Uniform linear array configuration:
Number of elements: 64
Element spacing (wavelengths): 1
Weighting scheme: hann
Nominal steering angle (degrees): -15
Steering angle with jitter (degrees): -14.998
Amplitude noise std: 0.05
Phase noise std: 0.05

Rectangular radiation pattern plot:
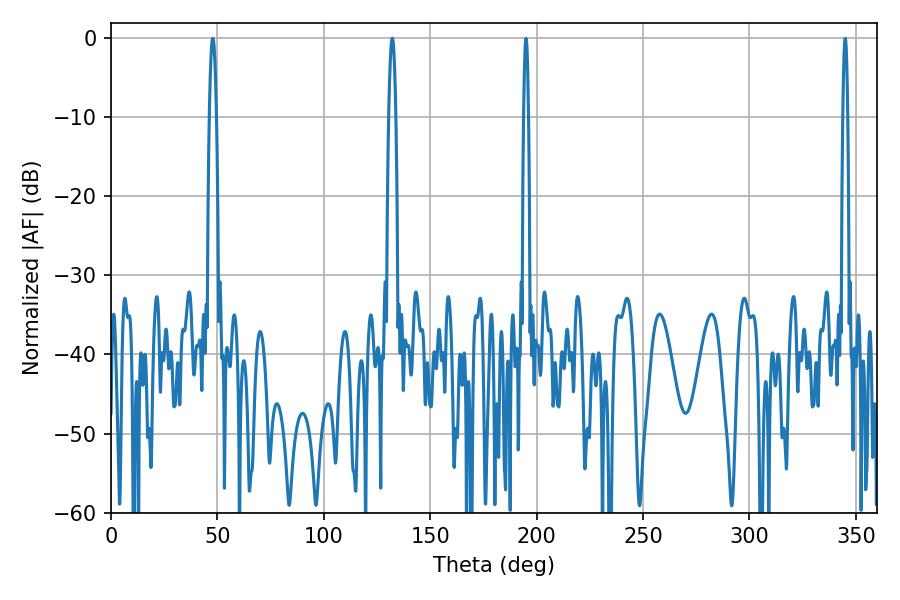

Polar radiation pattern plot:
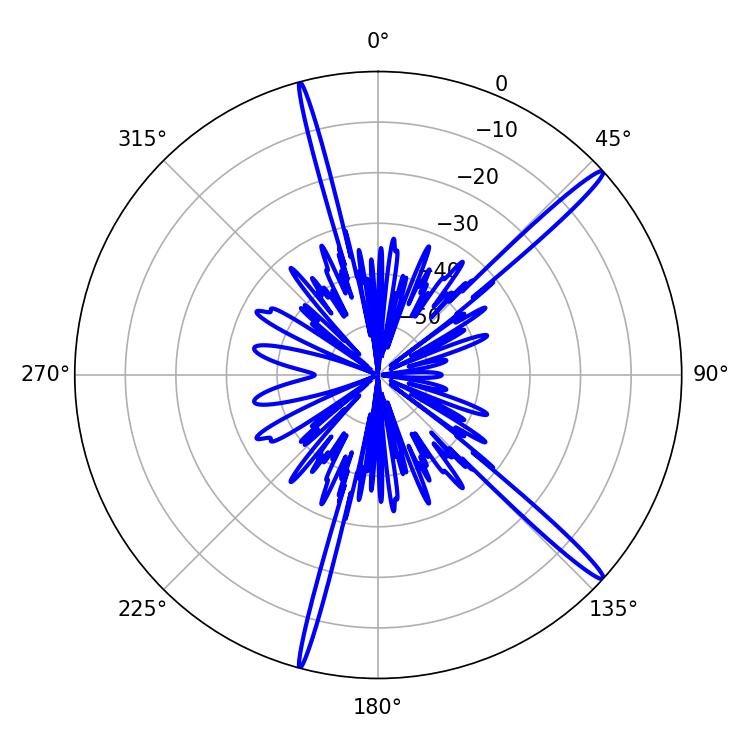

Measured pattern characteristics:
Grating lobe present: TRUE
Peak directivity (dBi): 17.013
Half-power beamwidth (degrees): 1.8
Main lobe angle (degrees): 47.88